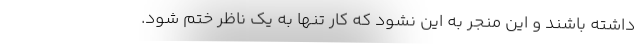
داشته باشند و این منجر به این نشود که کار تنها به یک ناظر ختم شود.